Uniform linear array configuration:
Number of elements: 16
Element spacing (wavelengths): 1
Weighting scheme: hann
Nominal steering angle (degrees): -30
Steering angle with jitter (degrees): -29.441
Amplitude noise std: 0.05
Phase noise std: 0.05

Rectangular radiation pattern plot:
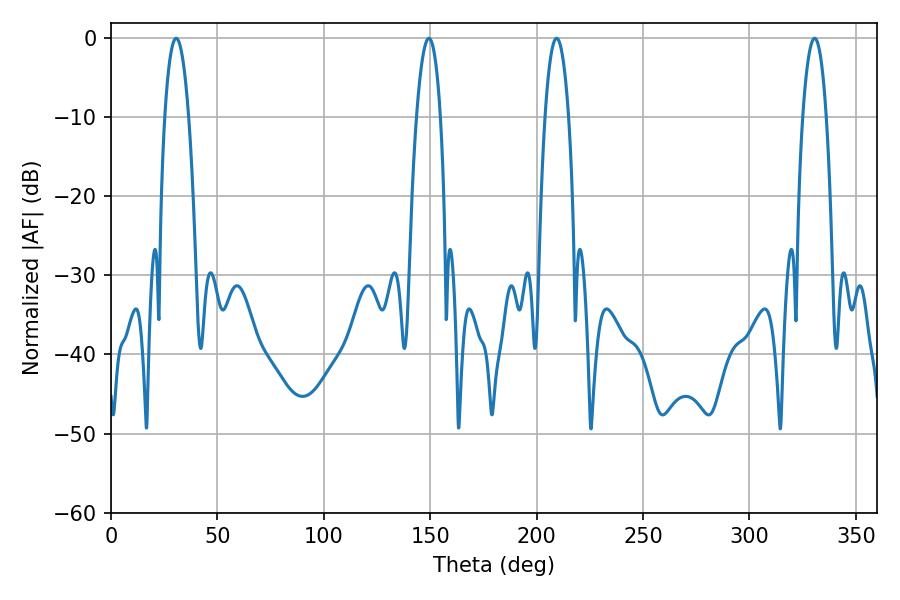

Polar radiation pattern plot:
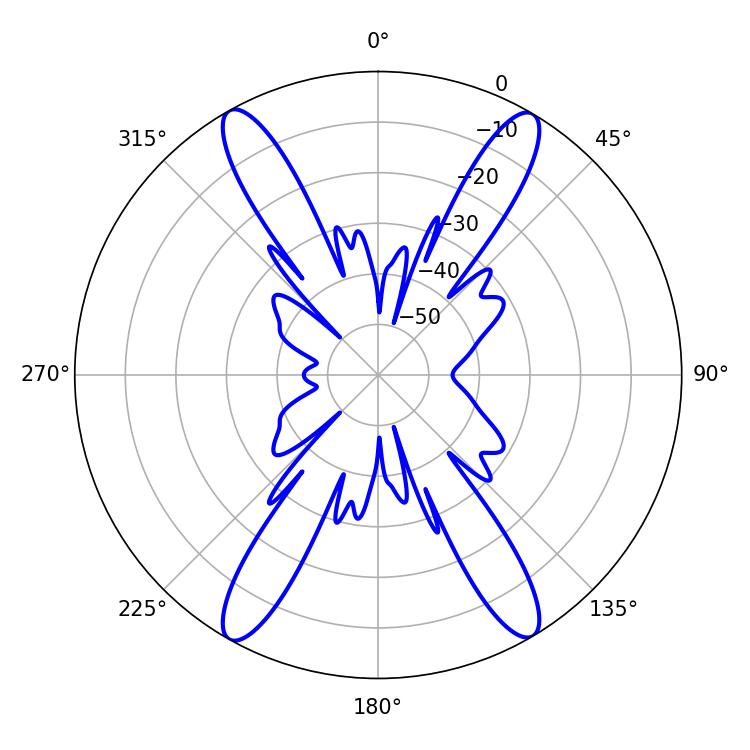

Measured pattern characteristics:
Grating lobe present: TRUE
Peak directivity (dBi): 24.883
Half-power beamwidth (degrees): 6.3
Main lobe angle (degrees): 149.4